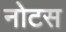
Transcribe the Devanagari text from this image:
नोटस